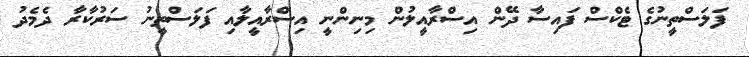
ފަލަސްތީނުގެ ޓެކްސް ފައިސާ ދޭން އިސްރާއީލުން މިނިންނީ އިސްރާއީލާއި ފަލަސްތީނު ސަރުކާރާ ދެމެދު